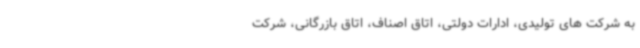
به شرکت های تولیدی، ادارات دولتی، اتاق اصناف، اتاق بازرگانی، شرکت